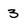
Character: 3